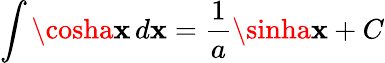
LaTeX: \int\cosha\mathbf{x}\, d\mathbf{x}={\frac{{1}}{{a}}}\sinha\mathbf{x}+C